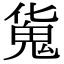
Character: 𩲜